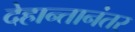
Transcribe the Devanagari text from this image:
देहान्तानंतर